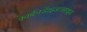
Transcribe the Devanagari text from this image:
कार्बनडॅाइआक्साइड